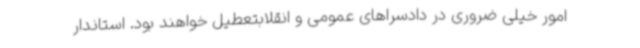
امور خیلی ضروری در دادسراهای عمومی و انقلابتعطیل خواهند بود. استاندار